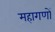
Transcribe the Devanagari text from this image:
महागणों